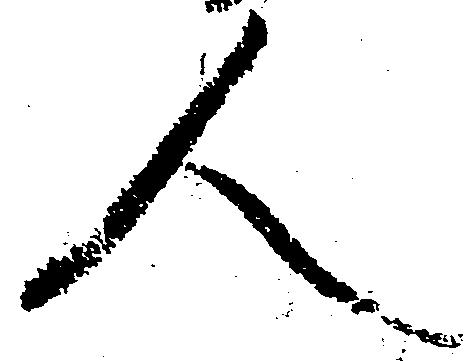
人